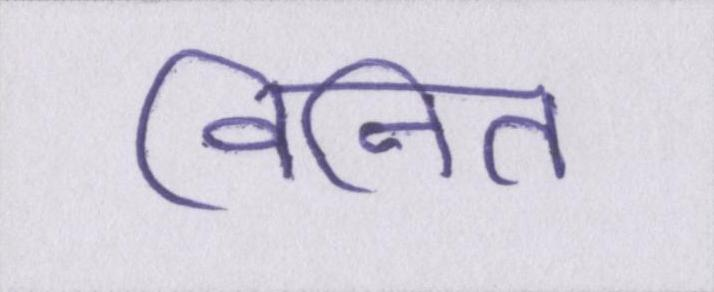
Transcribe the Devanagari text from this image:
विनित